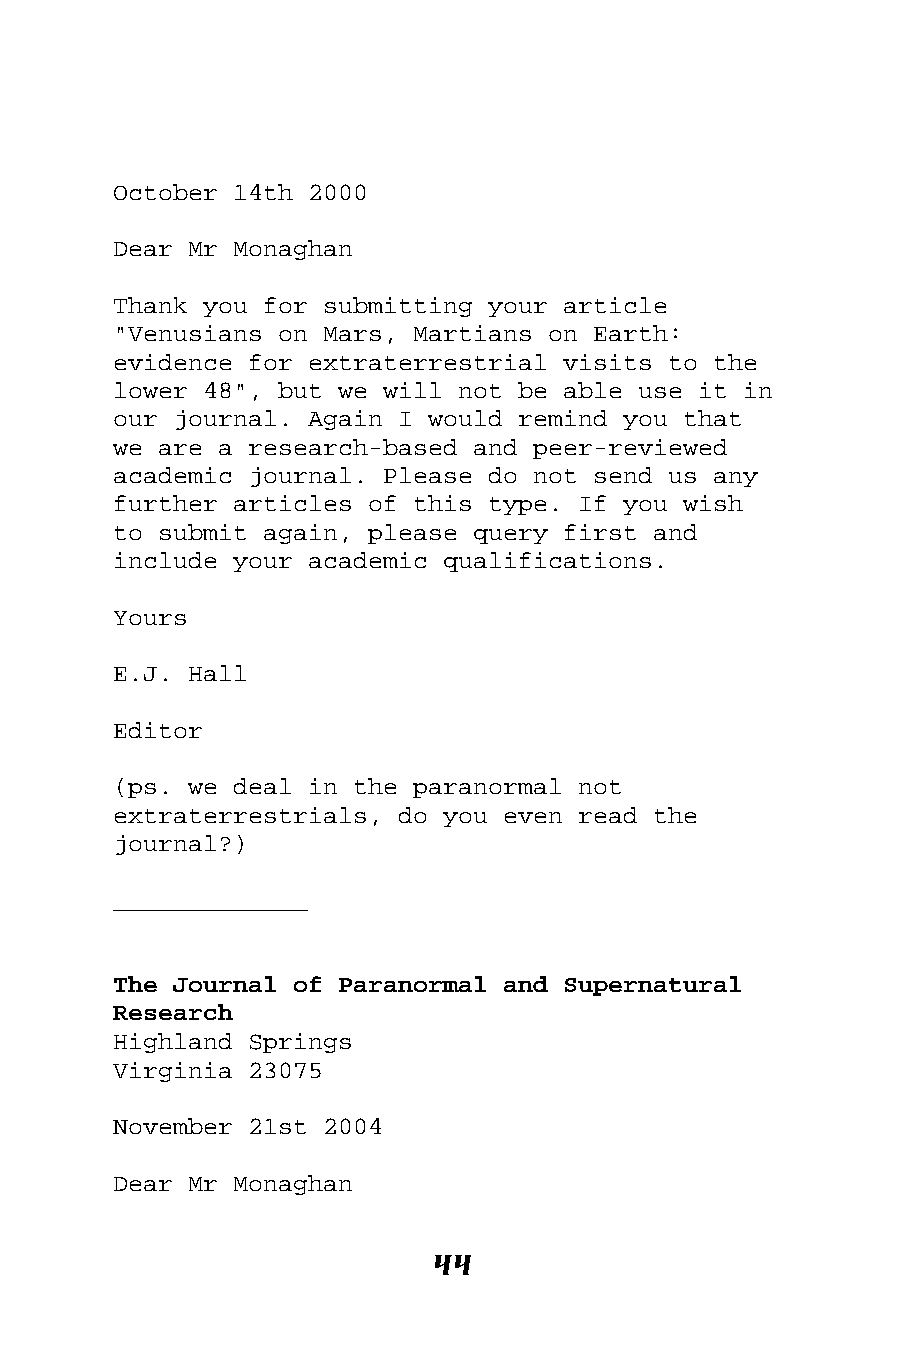
October 14th 2000
 Dear Mr Monaghan
 Thank you for submitting your article
 "Venusians on Mars, Martians on Earth:
 evidence for extraterrestrial visits to the
 lower 48", but we will not be able use it in
 our journal. Again I would remind you that
 we are a research-based and peer-reviewed
 academic journal. Please do not send us any
 further articles of this type. If you wish
 to submit again, please query first and
 include your academic qualifications.
 Yours
 E.J. Hall
 Editor
 (ps. we deal in the paranormal not
 extraterrestrials, do you even read the
 journal?)
 _____________
 The Journal of Paranormal and Supernatural
 Research
 Highland Springs
 Virginia 23075
 November 21st 2004
 Dear Mr Monaghan
 44